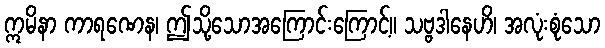
ဣမိနာ ကာရဏေန၊ ဤသို့သောအကြောင်းကြောင့်။ သဗ္ဗဒါနေဟိ၊ အလုံးစုံသော